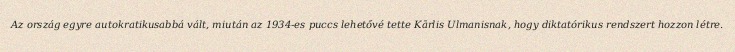
Az ország egyre autokratikusabbá vált, miután az 1934-es puccs lehetővé tette Kārlis Ulmanisnak, hogy diktatórikus rendszert hozzon létre.